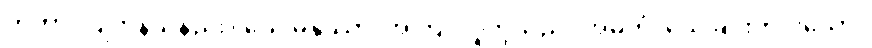
ကတာ၊ ပြုကုန်သနည်း။ ယေ မနုဿာ၊ အကြင်လူတို့သည်။ အမတံ၊ သေခြင်းကင်းသော။